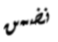
نضمن